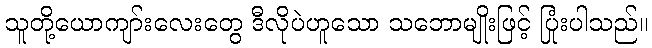
သူတို့ယောကျာ်းလေးတွေ ဒီလိုပဲဟူသော သဘောမျိုးဖြင့် ပြုံးပါသည်။